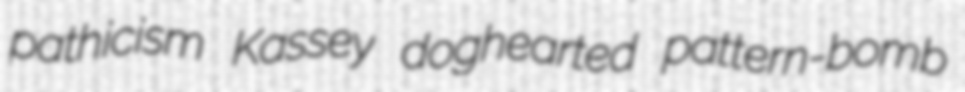
pathicism Kassey doghearted pattern-bomb